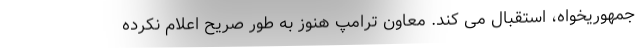
جمهوریخواه، استقبال می کند. معاون ترامپ هنوز به طور صریح اعلام نکرده